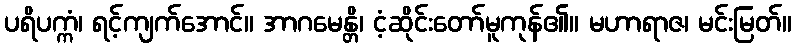
ပရိပက္ကံ၊ ရင့်ကျက်အောင်။ အာဂမေန္တိ၊ ငံ့ဆိုင်းတော်မူကုန်၏။ မဟာရာဇ၊ မင်းမြတ်။